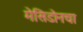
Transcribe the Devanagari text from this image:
मेसिडोनचा